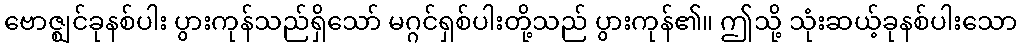
ဗောဇ္ဈင်ခုနစ်ပါး ပွားကုန်သည်ရှိသော် မဂ္ဂင်ရှစ်ပါးတို့သည် ပွားကုန်၏။ ဤသို့ သုံးဆယ့်ခုနစ်ပါးသော